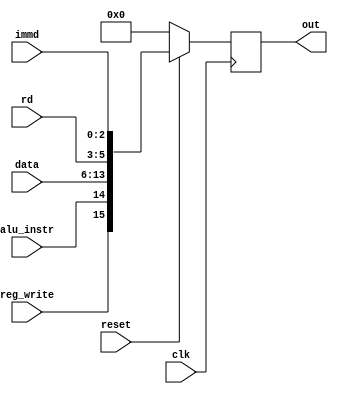
`timescale 1ns / 1ps
//////////////////////////////////////////////////////////////////////////////////
// Company: 
// Engineer: 
// 
// Design Name: 
// Module Name: id_ex_pl_reg
// Project Name: 
// Target Devices: 
// Tool Versions: 
// Description: 
// 
// Dependencies: 
// 
// Revision:
// Revision 0.01 - File Created
// Additional Comments:
// 
//////////////////////////////////////////////////////////////////////////////////


module id_ex_pl_reg(
    input clk,
input reset,
input reg_write,
input alu_instr,
input [7:0] data,
input [2:0] rd,
input [2:0] immd,

output reg [15:0] out
    );
    
   always@(posedge clk)
   if(!reset)
   out = 0;
   else
   out = {reg_write,alu_instr,data,rd,immd} ;
endmodule